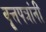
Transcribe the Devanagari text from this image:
वृ्त्तपत्रांनी